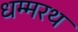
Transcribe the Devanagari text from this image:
धम्मरथ